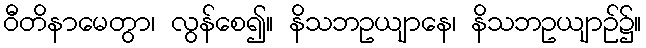
ဝီတိနာမေတွာ၊ လွန်စေ၍။ နိသဘဥယျာနေ၊ နိသဘဥယျာဉ်၌။